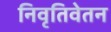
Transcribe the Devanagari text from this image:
निवृतिवेतन